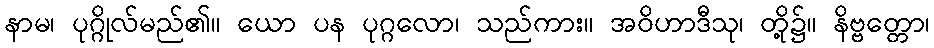
နာမ၊ ပုဂ္ဂိုလ်မည်၏။ ယော ပန ပုဂ္ဂလော၊ သည်ကား။ အဝိဟာဒီသု၊ တို့၌။ နိဗ္ဗတ္တော၊